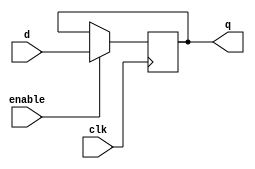
module latch (
    input clk,            // clock signal
    input enable,         // enable signal
    input d,              // data input
    output reg q          // output
);

always @(posedge clk) begin
    if (enable) begin
        q <= d;
    end
end

endmodule